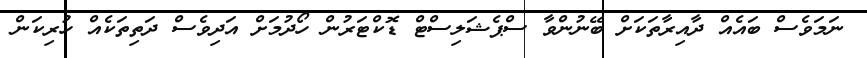
ނަމަވެސް ބައެއް ދާއިރާތަކަށް ބޭނުންވާ ސްޕެޝަލިސްޓް ޑޮކްޓަރުން ހޯދުމަށް އަދިވެސް ދަތިތަކެއް ހުރިކަން